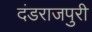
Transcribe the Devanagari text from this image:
दंडराजपुरी